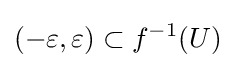
(-\varepsilon ,\varepsilon )\subset f^{-1}(U)